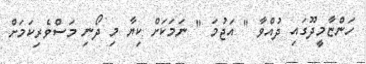
ހަންޏާމީދޫގައި ދުއްވާ " އަޖުމަ " ނަމަކަށް ކިޔާ މި ދޯނި މަސްވެރިކަމަށް